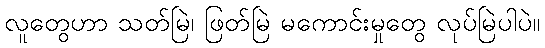
လူတွေဟာ သတ်မြဲ၊ ဖြတ်မြဲ မကောင်းမှုတွေ လုပ်မြဲပါပဲ။